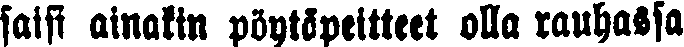
saisi ainakin pöytäpeitteet olla rauhassa